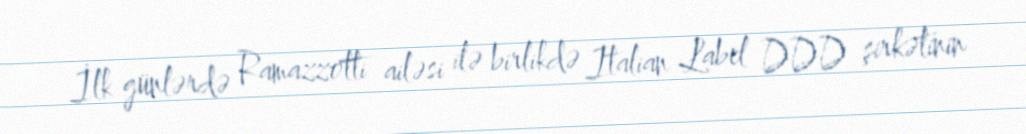
İlk günlərdə Ramazzotti ailəsi ilə birlikdə Italian Label DDD şirkətinin